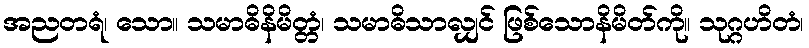
အညတရံ၊ သော။ သမာဓိနိမိတ္တံ၊ သမာဓိသာလျှင် ဖြစ်သောနိမိတ်ကို။ သုဂ္ဂဟိတံ၊